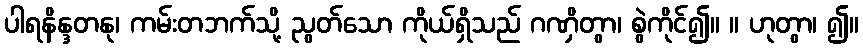
ပါရနိန္ဒတနု၊ ကမ်းတဘက်သို့ ညွတ်သော ကိုယ်ရှိသည် ဂဏှိတွာ၊ စွဲကိုင်၍။ ။ ဟုတွာ၊ ၍။